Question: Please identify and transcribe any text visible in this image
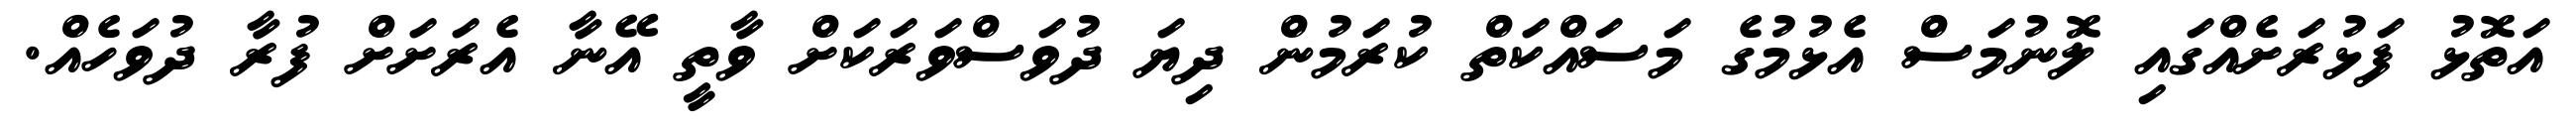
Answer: އަތޮޅު ފަޅުރަށެއްގައި ލޮނުމަސް އެޅުމުގެ މަސައްކަތް ކުރަމުން ދިޔަ ދުވަސްވަރަކަށް ވާތީ އޭނާ އެރަށަށް ފުރާ ދުވަހެއް.